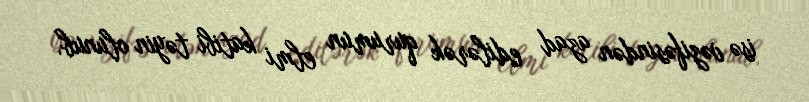
isə vəzifəsindən azad edilərək qurumun elmi katibi təyin olunub.